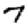
Digit: 7